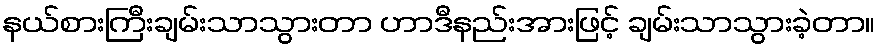
နယ်စားကြီးချမ်းသာသွားတာ ဟာဒီနည်းအားဖြင့် ချမ်းသာသွားခဲ့တာ။